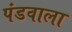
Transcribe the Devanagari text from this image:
पंडवाला